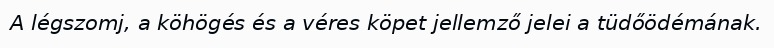
A légszomj, a köhögés és a véres köpet jellemző jelei a tüdőödémának.